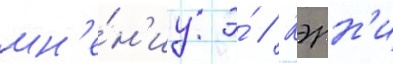
мн'е́н'иу э́ // Кэрн'и